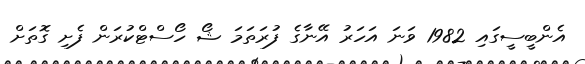
އެންބީސީގައި 1982 ވަނަ އަހަރު އޭނާގެ ފުރަތަމަ ޝޯ ހޯސްޓްކުރަން ފެށި ގޮތަށް